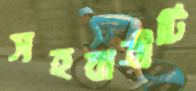
সহযাত্রীটি